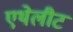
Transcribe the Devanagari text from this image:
एथेलीट